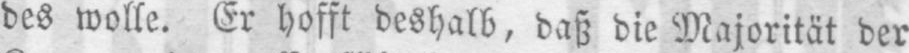
des wolle. Er hofft deshalb, daß die Majorität der